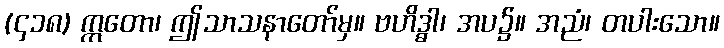
(၄၁၈) ဣတော၊ ဤသာသနာတော်မှ။ ဗဟိဒ္ဓါ၊ အပ၌။ အညံ၊ တပါးသော။